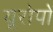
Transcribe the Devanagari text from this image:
यूरोपों